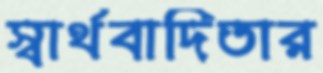
স্বার্থবাদিতার